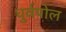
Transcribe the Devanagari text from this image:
धुर्वपोल